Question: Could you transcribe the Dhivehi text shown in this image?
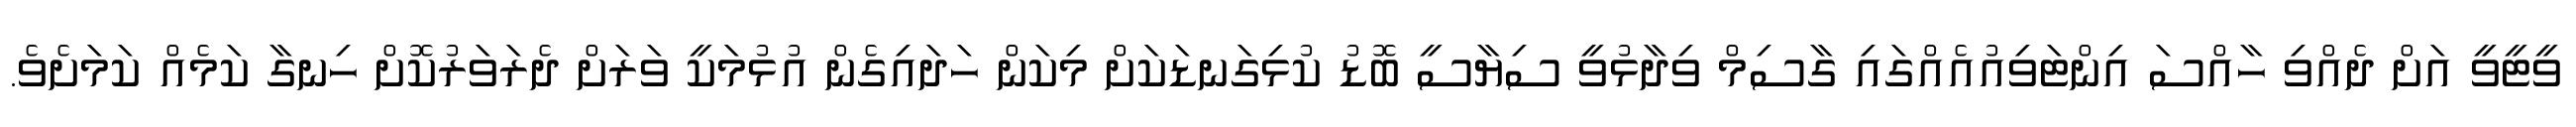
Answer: ވީޓީވީ އަށް ދެއްވި ހާއްސަ އިންޓަވިއުއެއްގައި ގާސިމް ވިދާޅުވީ ސިޔާސީ ބޮޑު ކުޅިގަނޑަކަށް މިކަން ހަދައިގެން އުޅުމަކީ ވަރަށް ދެރަވަރުކޮށް ހިނގާ ކަމެއް ކަމަށެވެ.